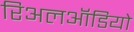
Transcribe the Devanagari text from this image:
रिअलऑडियो